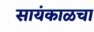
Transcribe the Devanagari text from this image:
सायंकाळचा